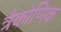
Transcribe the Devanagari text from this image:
त्रैकोणिक